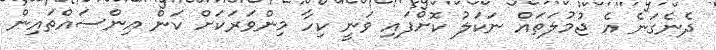
ދެނެގަނެ އެ ޖުމުލަތައް ނަކަލު ކޮށްފައި ވަނީ ކިހާ މިންވަރަކަށް ކަން އިންސައްތައިން